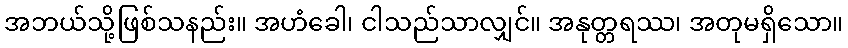
အဘယ်သို့ဖြစ်သနည်း။ အဟံခေါ၊ ငါသည်သာလျှင်။ အနုတ္တရဿ၊ အတုမရှိသော။